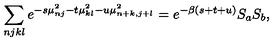
\sum _ { n j k l } e ^ { - s \mu _ { n j } ^ { 2 } - t \mu _ { k l } ^ { 2 } - u \mu _ { n + k , j + l } ^ { 2 } } = e ^ { - \beta ( s + t + u ) } S _ { a } S _ { b } ,